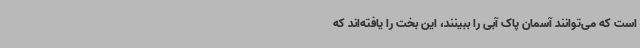
است که می‌توانند آسمان پاک آبی را ببینند، این بخت را یافته‌اند که